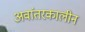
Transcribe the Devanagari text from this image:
अवांतरकालीन